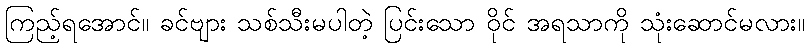
ကြည့်ရအောင်။ ခင်ဗျား သစ်သီးမပါတဲ့ ပြင်းသော ဝိုင် အရသာကို သုံးဆောင်မလား။